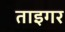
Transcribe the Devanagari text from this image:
ताइगर